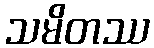
သမိတဿ